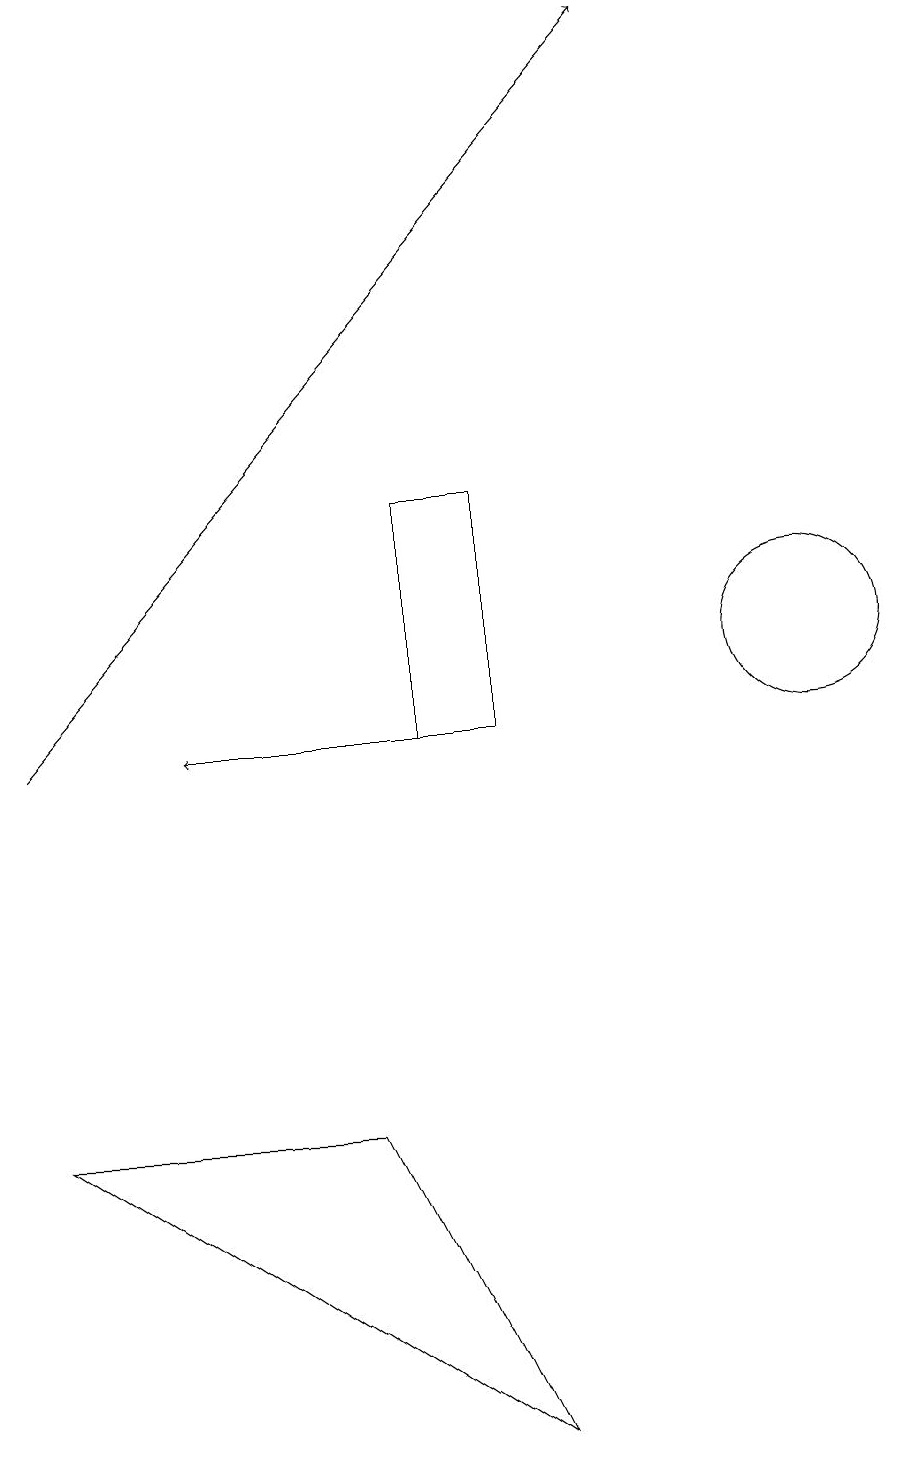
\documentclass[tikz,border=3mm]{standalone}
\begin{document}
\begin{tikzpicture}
\draw[->] (6,10) -- (3,10);
\draw (7,1) -- (1,5) -- (5,5) -- cycle;
\draw (11,11) circle (1);
\draw (6,10) rectangle (7,13);
\draw[->] (1,10) -- (9,19);
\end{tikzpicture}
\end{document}